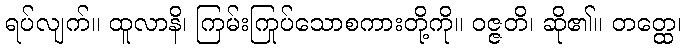
ရပ်လျက်။ ထူလာနိ၊ ကြမ်းကြုပ်သောစကားတို့ကို။ ဝဇ္ဇတိ၊ ဆို၏။ တတ္ထေ၊